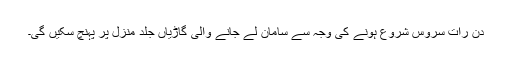
دن رات سروس شروع ہونے کی وجہ سے سامان لے جانے والی گاڑیاں جلد منزل پر پہنچ سکیں گی۔